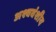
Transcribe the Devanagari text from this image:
अश्ववंशीय